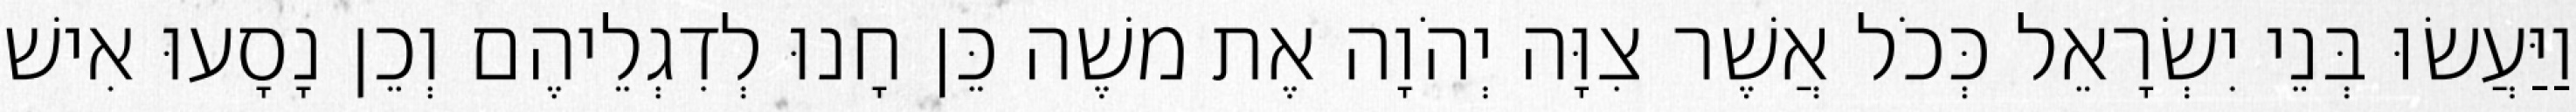
וַיַּעֲשׂוּ בְּנֵי יִשְׂרָאֵל כְּכֹל אֲשֶׁר צִוָּה יְהֹוָה אֶת משֶׁה כֵּן חָנוּ לְדִגְלֵיהֶם וְכֵן נָסָעוּ אִישׁ